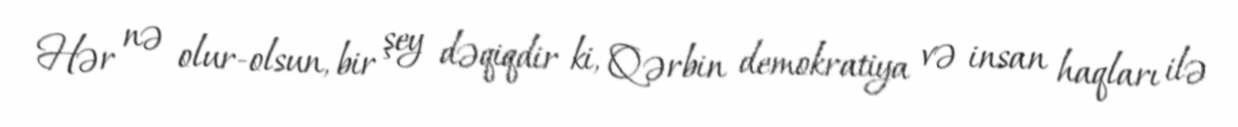
Hər nə olur-olsun, bir şey dəqiqdir ki, Qərbin demokratiya və insan haqları ilə